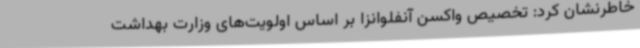
خاطرنشان کرد: تخصیص واکسن آنفلوانزا بر اساس اولویت‌های وزارت بهداشت